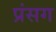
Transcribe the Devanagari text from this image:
प्रंसग